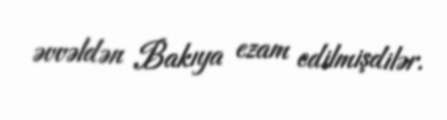
əvvəldən Bakıya ezam edilmişdilər.